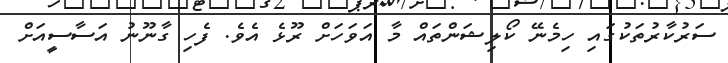
ސަރުކާރުތަކުގައި ހިމެނޭ ކޯލިޝަންތައް މާ އަވަހަށް ރޫޅެ އެވެ. ފެހި ގާނޫނު އަސާސީއަށް